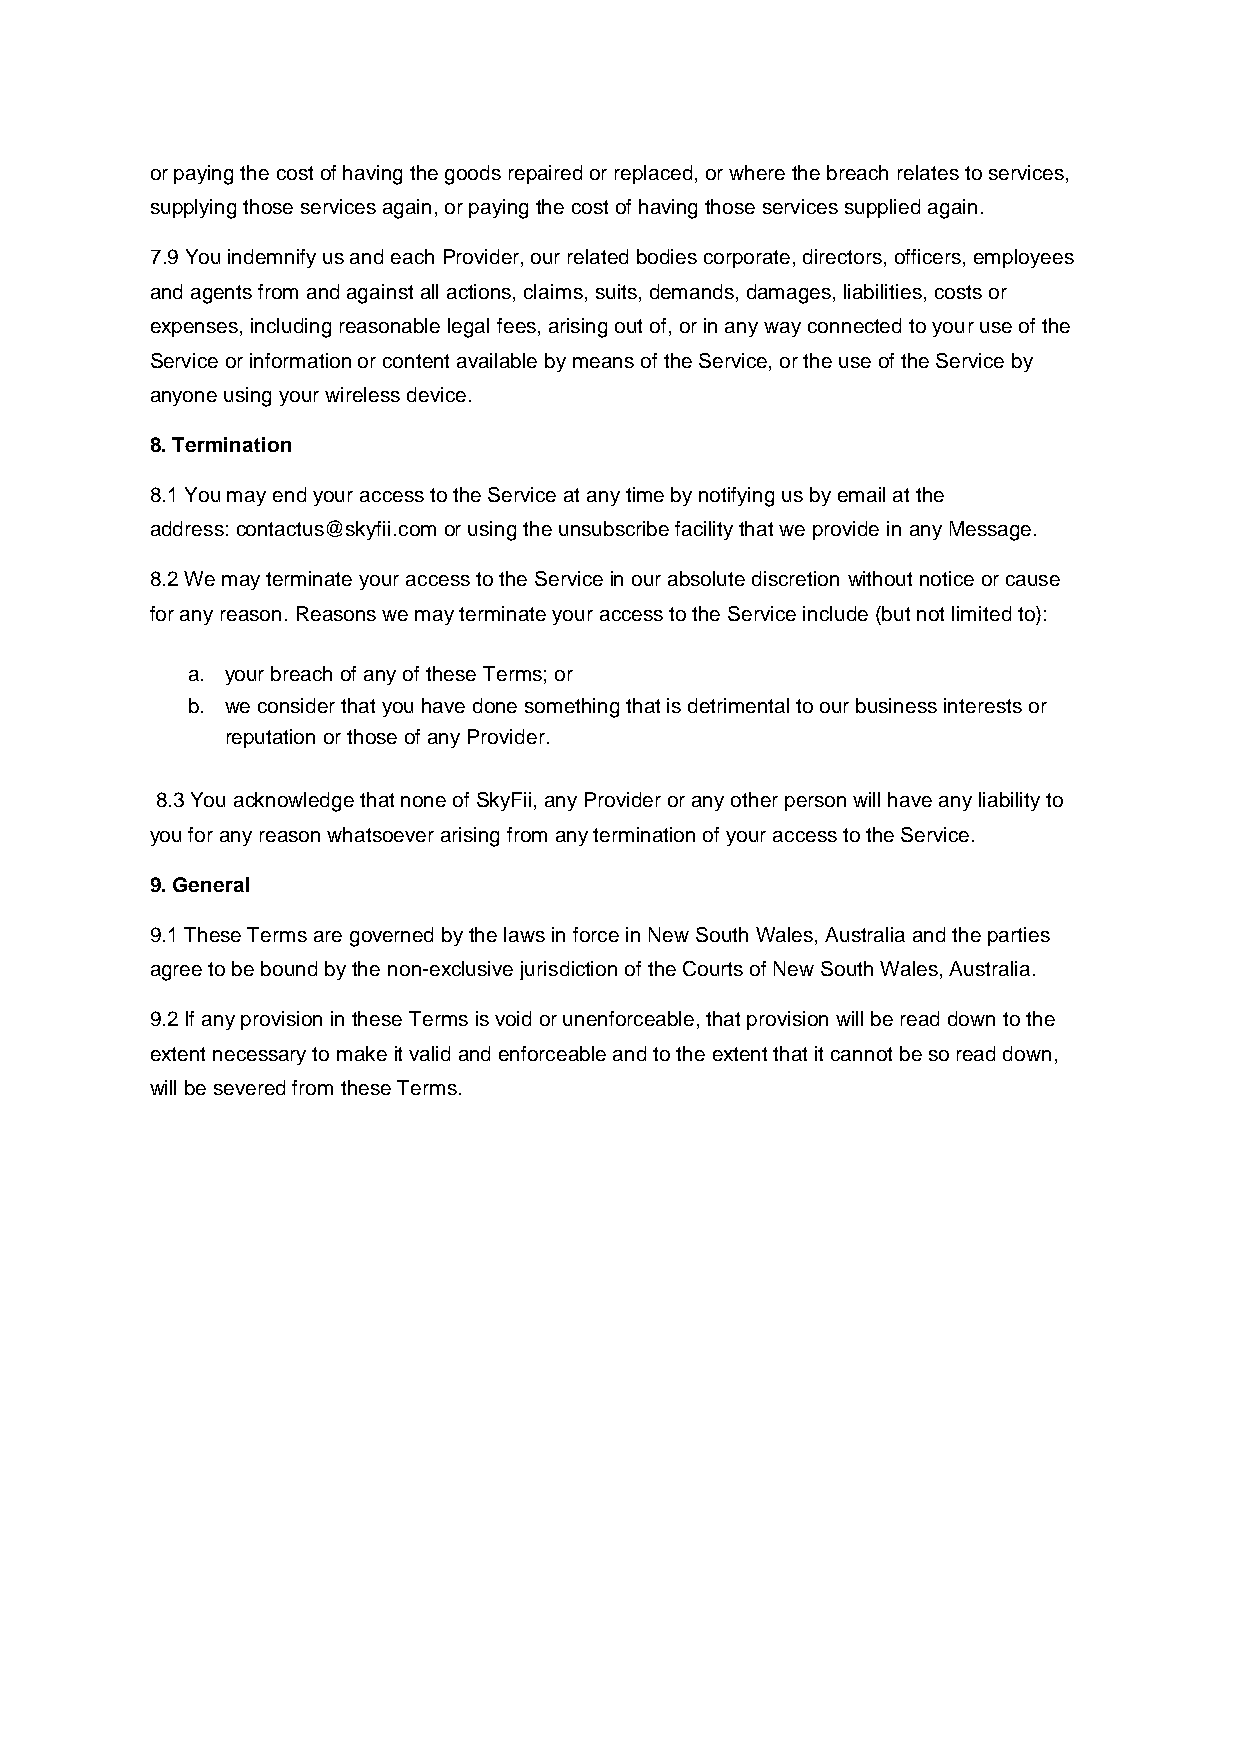
or paying the cost of having the goods repaired or replaced, or where the breach relates to services,
 supplying those services again, or paying the cost of having those services supplied again.
 7.9 You indemnify us and each Provider, our related bodies corporate, directors, officers, employees
 and agents from and against all actions, claims, suits, demands, damages, liabilities, costs or
 expenses, including reasonable legal fees, arising out of, or in any way connected to your use of the
 Service or information or content available by means of the Service, or the use of the Service by
 anyone using your wireless device.
 8. Termination
 8.1 You may end your access to the Service at any time by notifying us by email at the
 address: contactus@skyfii.com or using the unsubscribe facility that we provide in any Message.
 8.2 We may terminate your access to the Service in our absolute discretion without notice or cause
 for any reason. Reasons we may terminate your access to the Service include (but not limited to):
 a. your breach of any of these Terms; or
 b. we consider that you have done something that is detrimental to our business interests or
 reputation or those of any Provider.
 8.3 You acknowledge that none of SkyFii, any Provider or any other person will have any liability to
 you for any reason whatsoever arising from any termination of your access to the Service.
 9. General
 9.1 These Terms are governed by the laws in force in New South Wales, Australia and the parties
 agree to be bound by the non-exclusive jurisdiction of the Courts of New South Wales, Australia.
 9.2 If any provision in these Terms is void or unenforceable, that provision will be read down to the
 extent necessary to make it valid and enforceable and to the extent that it cannot be so read down,
 will be severed from these Terms.